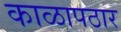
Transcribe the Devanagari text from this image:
काळापठार